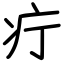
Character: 疔